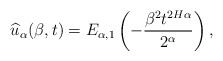
\begin{align*}\widehat{u}_{\alpha}(\beta,t)= E_{\alpha,1}\left(-\frac{\beta^2 t^{2H\alpha}}{2^{\alpha}}\right),\end{align*}